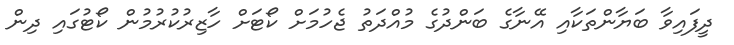
ދީފައިވާ ބަޔާންތަކާއި އޭނާގެ ބަންދުގެ މުއްދަތު ޖެހުމަށް ކޯޓަށް ހާޒިރުކުރުމުން ކޯޓުގައި ދިން